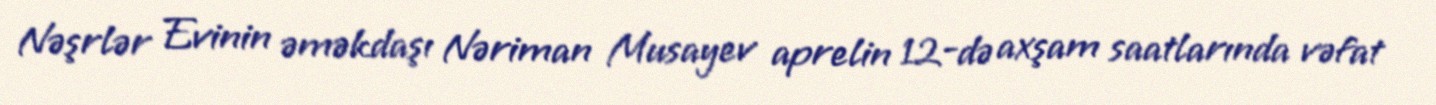
Nəşrlər Evinin əməkdaşı Nəriman Musayev aprelin 12-də axşam saatlarında vəfat